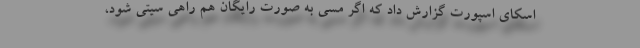
اسکای اسپورت گزارش داد که اگر مسی به صورت رایگان هم راهی سیتی شود،